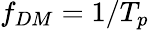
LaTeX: f_{DM}=1/T_{p}